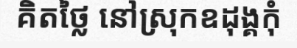
គិតថ្លៃ នៅស្រុកឧដុង្គកុំ